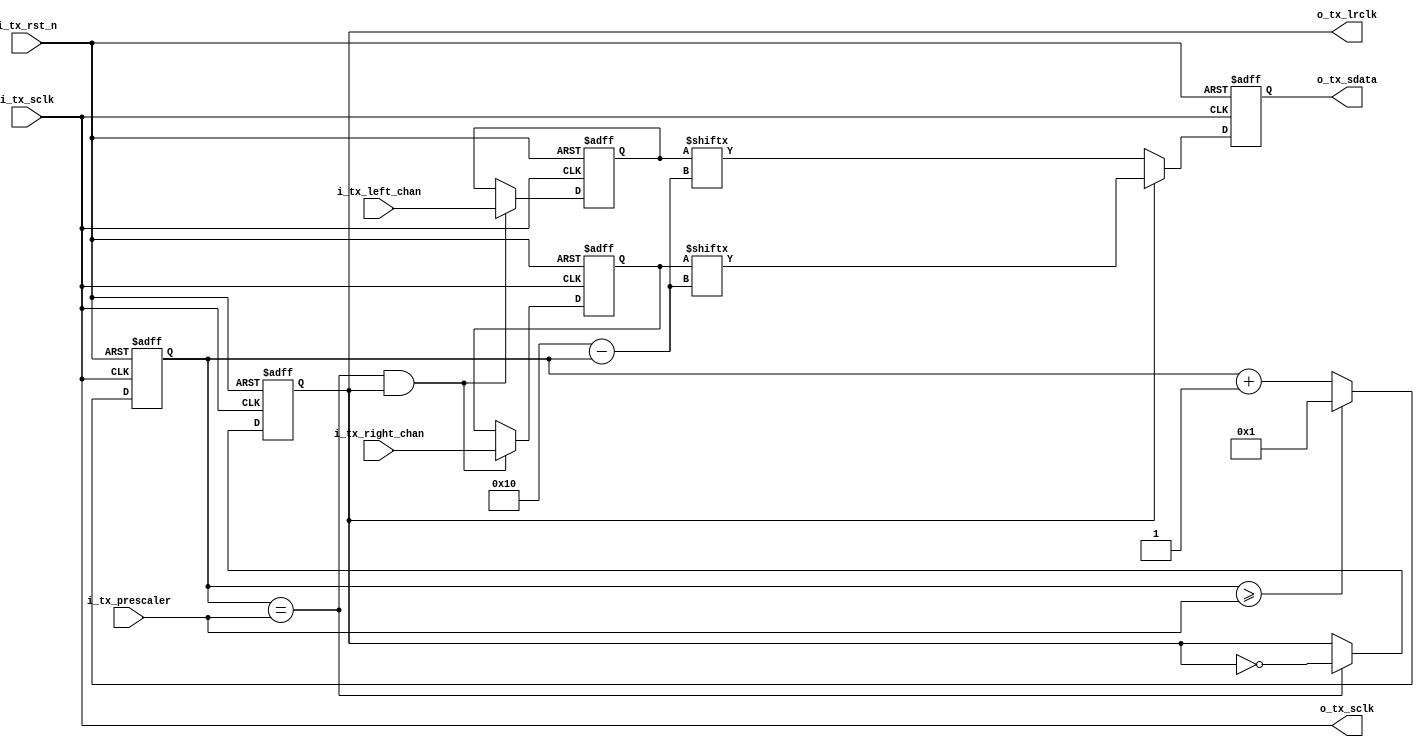
`timescale 1ns / 1ns

module i2s_tx #(
    parameter AUDIO_DW = 16
)(
    input i_tx_sclk,
    input [AUDIO_DW-1:0] i_tx_prescaler,
    input i_tx_rst_n,
    
    output wire o_tx_sclk,
    output reg o_tx_lrclk,
    output reg o_tx_sdata,

    input [AUDIO_DW-1:0] i_tx_left_chan,
    input [AUDIO_DW-1:0] i_tx_right_chan
);

reg [AUDIO_DW-1:0] tx_bit_cnt;
reg [AUDIO_DW-1:0] tx_left;
reg [AUDIO_DW-1:0] tx_right;

assign o_tx_sclk = i_tx_sclk;

always @(negedge i_tx_sclk or negedge i_tx_rst_n) begin
    if (!i_tx_rst_n) begin
        tx_bit_cnt <= 1;
        tx_left <= 0;
        tx_right <= 0;
        o_tx_lrclk <= 0;
        o_tx_sdata <= 0;
        
    end else begin
		if (tx_bit_cnt >= i_tx_prescaler) begin
        	tx_bit_cnt <= 1;
    	end else begin
        	tx_bit_cnt <= tx_bit_cnt + 1;
		end
		
		if (tx_bit_cnt == i_tx_prescaler && o_tx_lrclk) begin
			tx_left <= i_tx_left_chan;
        	tx_right <= i_tx_right_chan;
    	end
                
    	o_tx_lrclk <= (tx_bit_cnt == i_tx_prescaler) ? ~o_tx_lrclk : o_tx_lrclk;
    
    	o_tx_sdata <= o_tx_lrclk ? tx_right[AUDIO_DW - tx_bit_cnt] : tx_left[AUDIO_DW - tx_bit_cnt];
    end
end

endmodule